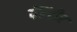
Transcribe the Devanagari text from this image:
पॅरेंटीर